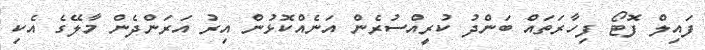
ފައިލް ފޮޓޯ ފިހާރަތައް ބަންދު ކުރީއްސުރެން އަނެއްކޮޅުން އިރު އަރަންދެން މާލޭގެ އެކި